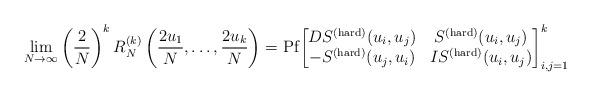
LaTeX: \begin{align*} \lim_{N \to \infty} \left(\frac{2}{N}\right)^k R_{N}^{(k)}\left(\frac{2u_1}{N}, \ldots, \frac{2u_k}{N}\right)= \mathrm{Pf} { \begin{bmatrix} DS^{(\mathrm{hard})}(u_i, u_j) & S^{(\mathrm{hard})}(u_i, u_j) \\ -S^{(\mathrm{hard})}(u_j, u_i) & IS^{(\mathrm{hard})}(u_i, u_j) \end{bmatrix}}_{i,j = 1}^{k} \end{align*}